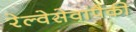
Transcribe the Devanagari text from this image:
रेल्वेसेवांपैकी